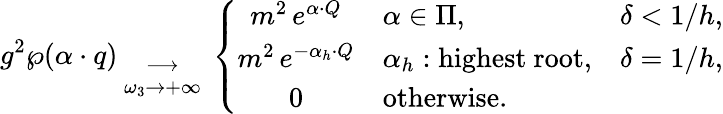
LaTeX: g^{2}\wp(\alpha\cdot q){{}\atop{\longrightarrow\atop{\omega_{3}\to+\infty}}}\left\{ \begin{array}{cll}{{m^{2}\, e^{\alpha\cdot Q}}}&{{\alpha\in\Pi,}}&{{\delta<1/h,}}\\ {{m^{2}\, e^{-\alpha_{h}\cdot Q}}}&{{\alpha_{h}:\mathrm{highest~root},}}&{{\delta=1/h,}}\\ {{0}}&{{\mathrm{otherwise.}}}&{{}}\end{array}\right.